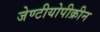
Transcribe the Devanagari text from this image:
जेण्टीयोपीक्रीन